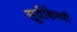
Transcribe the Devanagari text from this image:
सूर्यकिरणी